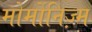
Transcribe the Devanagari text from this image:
मोर्मोनिज्‍़म